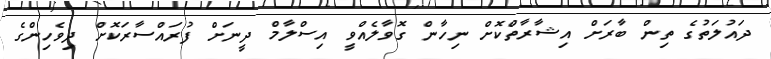
ދައުލަތުގެ ތިން ބާރަށް އިޝާރާތްކޮށް ނިހާން ގޮވާލެއްވީ އިސްލާމް ދީނަށް ފުރައްސާރަކޮށް ދިވެހިންގެ